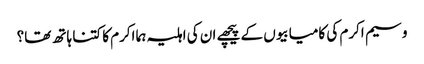
وسیم اکرم کی کامیابیوں کے پیچھے ان کی اہلیہ ہما اکرم کا کتنا ہاتھ تھا؟